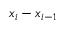
x _ { i } - x _ { i - 1 }